Annual administration report of the Civil Veterinary Department of India - 1898-1899
Year: 1898
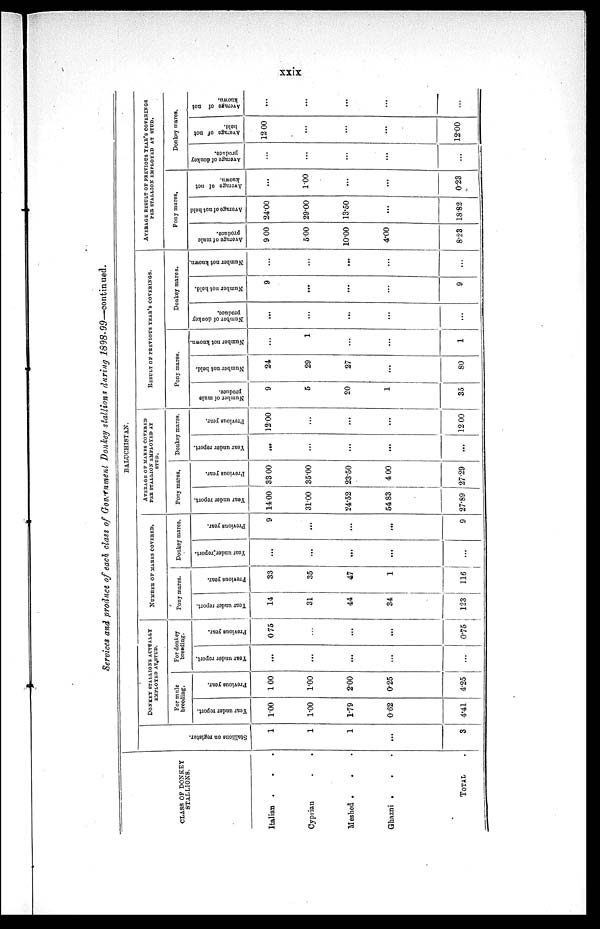
xxix
Services and produce of each class of Government Donkey stallions during
1898-99—Continued.
CLASS OF DONKEY
STALLIONS.
Italian . . . .
Cyprian . .
Meshed . . .
Ghazni . . .
TOTAL .
BALUCHISTAN.
Stallions on register.
1
1
1
...
3
DONKEY STALLIONS ACTUALLY
EMPLOYED AT STUD.
For mule
breeding.
Year under report.
1.00
1.00
1.79
0.62
4.41
Previous year.
1.00
1.00
2.00
0.25
4.25
For donkey
breeding.
Year under report.
...
...
...
...
...
Previous year.
0.75
...
...
...
0.75
NUMBER OF MARES COVERED.
Pony mares.
Year under report.
14
31
44
34
123
Previous year.
33
35
47
1
116
Donkey mares.
Year under report.
...
...
...
...
...
Previous year.
9
...
...
...
9
AVERAGE OF MARES COVERED
PER STALLION EMPLOYED AT
STUD.
Pony mares.
Year under report.
14.00
31.00
24.52
54.83
27.89
Previous year.
33.00
35.00
23.50
4.00
27.29
Donkey mares.
Year
under report.
...
...
...
...
...
Previous year.
12.00
...
...
...
12.00
RESULT OF PREVIOUS YEAR'S COVERINGS.
Pony mares.
Number of mule
produce.
9
5
20
1
35
Number
not held.
24
29
27
...
80
Number not known.
...
1
...
...
1
Donkey mares.
Number
of donkey
produce.
...
...
...
...
...
Number not bold.
9
...
...
...
9
Number not known.
...
...
...
...
...
AVERAGE RESULT OF PREVIOUS YEAR'S COVERINGS
PER STALLION EMPLOYED AT STUD.
Pony mares.
Average
of mule
produce.
9.00
5.00
10.00
4.00
8.23
Average
of not held
24.00
29.00
13.50
...
18.82
Average of not
known.
...
1.00
...
...
0.23
Donkey mares.
Average
of donkey
produce.
...
...
...
...
...
Average
of not
held.
12.00
...
...
...
12.00
Average
of not
known.
...
...
...
...
...